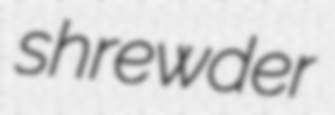
shrewder